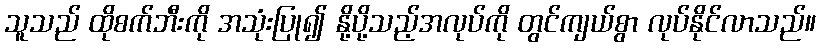
သူသည် ထိုစက်ဘီးကို အသုံးပြု၍ နို့ပို့သည့်အလုပ်ကို တွင်ကျယ်စွာ လုပ်နိုင်လာသည်။